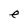
Character: e